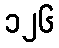
၁၂၆